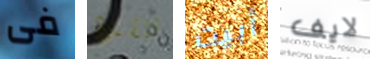
فى تنقذه أبيت لايف